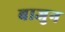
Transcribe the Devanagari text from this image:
बाजुन